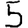
Digit: 5